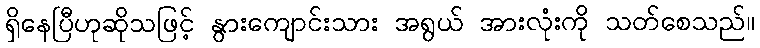
ရှိနေပြီဟုဆိုသဖြင့် နွားကျောင်းသား အရွယ် အားလုံးကို သတ်စေသည်။